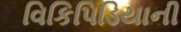
વિકિપિડિયાની